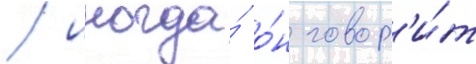
/ иногда́ о́н говор'и́т